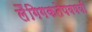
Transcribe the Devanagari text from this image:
लैंगिगकतेपवषयी